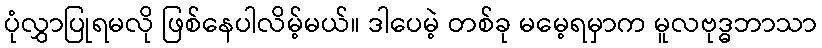
ပုံလွှာပြုရမလို ဖြစ်နေပါလိမ့်မယ်။ ဒါပေမဲ့ တစ်ခု မမေ့ရမှာက မူလဗုဒ္ဓဘာသာ